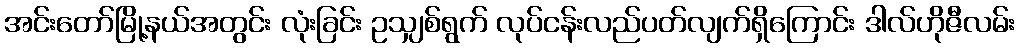
အင်းတော်မြို့နယ်အတွင်း လုံးခြင်း ဥသျှစ်ရွက် လုပ်ငန်းလည်ပတ်လျက်ရှိကြောင်း ဒါလ်ဟိုဇီလမ်း